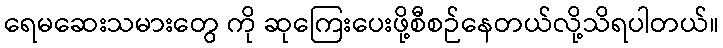
ရေမဆေးသမားတွေ ကို ဆုကြေးပေးဖို့စီစဉ်နေတယ်လို့သိရပါတယ်။